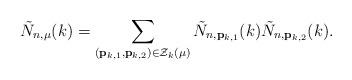
LaTeX: \begin{align*}\tilde N_{n,\mu}(k) =\sum\limits_{(\mathbf{p}_{k,1},\mathbf{p}_{k,2} )\in \mathcal{Z}_k(\mu) } \tilde N_{n, \mathbf{p}_{k,1} }(k) \tilde N_{n,\mathbf{p}_{k,2} }(k).\end{align*}